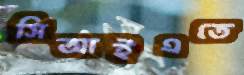
সিআইএতে